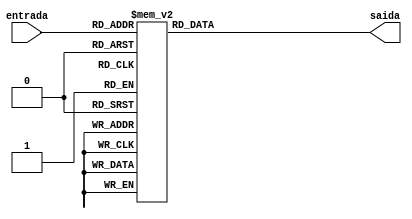
module display(entrada,saida);
	input[3:0]entrada;
	output reg[6:0]saida;

	always@(*)
	begin
		case(entrada)  //Saida para display na forma: {a,b,c,d,e,f,g}
			4'b0000: saida=~7'b1111110;
			4'b0001: saida=~7'b0110000;
			4'b0010: saida=~7'b1101101;
			4'b0011: saida=~7'b1111001;
			4'b0100: saida=~7'b0110011;
			4'b0101: saida=~7'b1011011;
			4'b0110: saida=~7'b1011111;
			4'b0111: saida=~7'b1110000;
			4'b1000: saida=~7'b1111111;
			4'b1001: saida=~7'b1110011;
			default: saida=~7'b0000000;
		endcase
	end
endmodule